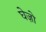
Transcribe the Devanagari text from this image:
घेज़ो